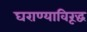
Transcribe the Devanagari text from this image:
घराण्याविरूद्ध